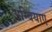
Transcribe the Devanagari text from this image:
अम्बियाए